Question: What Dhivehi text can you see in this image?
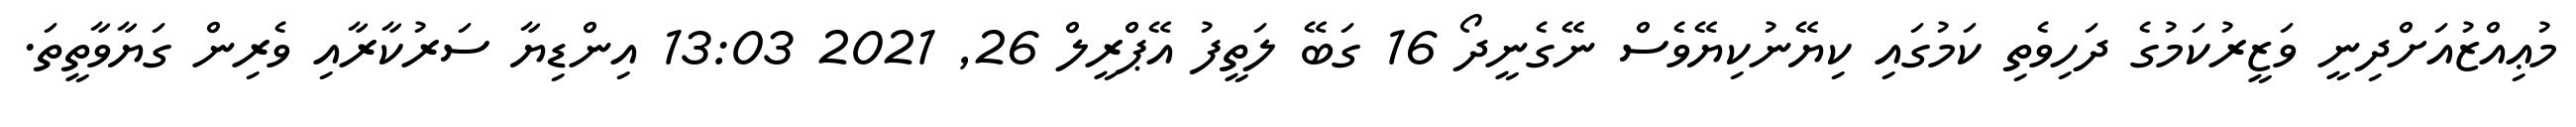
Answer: މުޢިއްޒުއަށްދިނީ ވަޒީރުކަމުގެ ދަހިވެތި ކަމުގައި ކިޔޭނުކިޔޭވެސް ނޭގެނީދޯ 16 ގަބޭ ލަތީފު އޭޕްރީލް 26, 2021 13:03 އިންޑިޔާ ސަރުކާރާއި ވެރިން ގަޔާވާތީތަ.